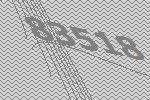
83518